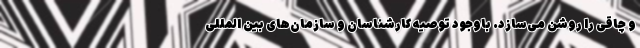
و چاقی را روشن می‌سازد. باوجود توصیه کارشناسان و سازمان‌های بین المللی